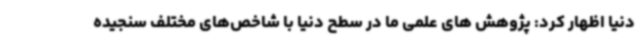
دنیا اظهار کرد: پژوهش های علمی ما در سطح دنیا با شاخص‌های مختلف سنجیده